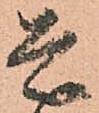
是